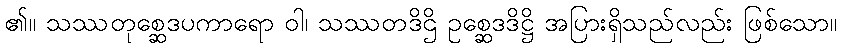
၏။ သဿတုစ္ဆေဒပကာရော ဝါ၊ သဿတဒိဌိ ဥစ္ဆေဒဒိဋ္ဌိ အပြားရှိသည်လည်း ဖြစ်သော။